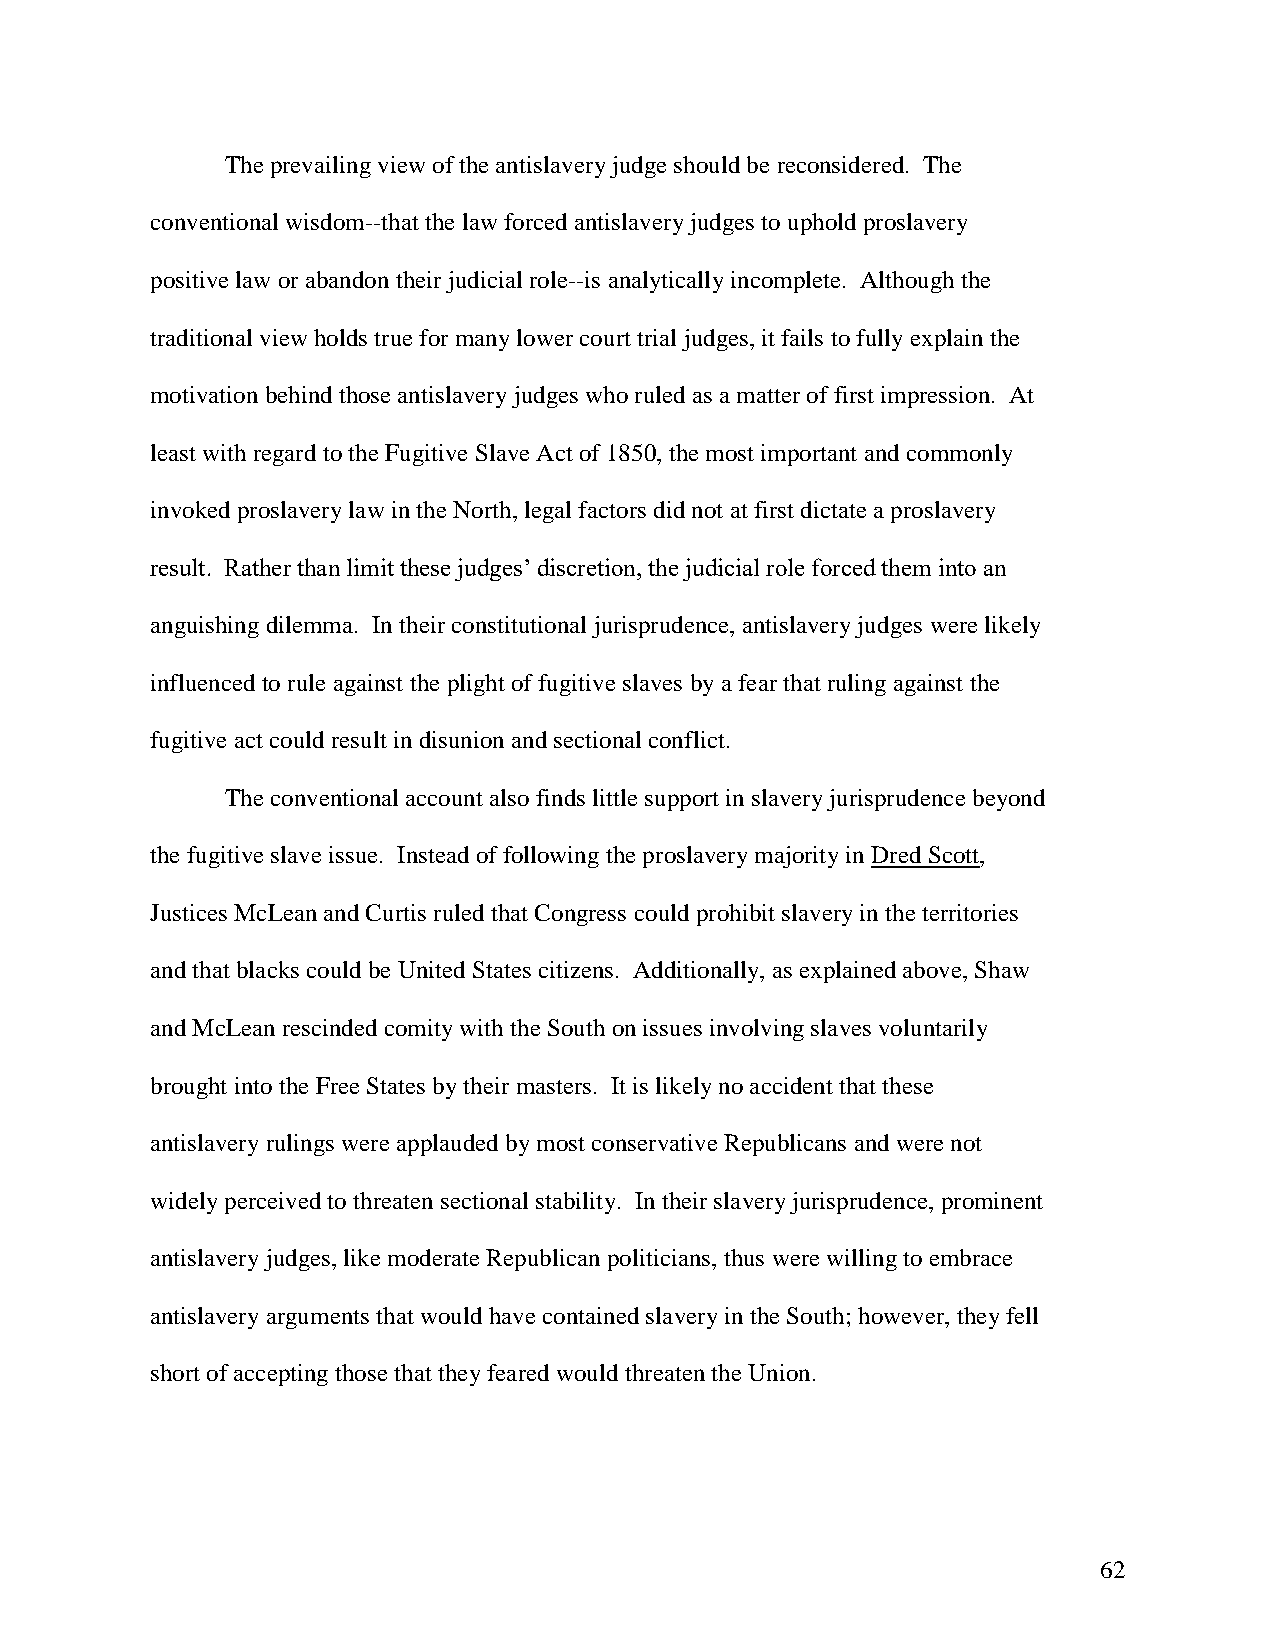
The prevailing view of the antislavery judge should be reconsidered. The
 conventional wisdom--that the law forced antislavery judges to uphold proslavery
 positive law or abandon their judicial role--is analytically incomplete. Although the
 traditional view holds true for many lower court trial judges, it fails to fully explain the
 motivation behind those antislavery judges who ruled as a matter of first impression. At
 least with regard to the Fugitive Slave Act of 1850, the most important and commonly
 invoked proslavery law in the North, legal factors did not at first dictate a proslavery
 result. Rather than limit these judges’ discretion, the judicial role forced them into an
 anguishing dilemma. In their constitutional jurisprudence, antislavery judges were likely
 influenced to rule against the plight of fugitive slaves by a fear that ruling against the
 fugitive act could result in disunion and sectional conflict.
 The conventional account also finds little support in slavery jurisprudence beyond
 the fugitive slave issue. Instead of following the proslavery majority in Dred Scott,
 Justices McLean and Curtis ruled that Congress could prohibit slavery in the territories
 and that blacks could be United States citizens. Additionally, as explained above, Shaw
 and McLean rescinded comity with the South on issues involving slaves voluntarily
 brought into the Free States by their masters. It is likely no accident that these
 antislavery rulings were applauded by most conservative Republicans and were not
 widely perceived to threaten sectional stability. In their slavery jurisprudence, prominent
 antislavery judges, like moderate Republican politicians, thus were willing to embrace
 antislavery arguments that would have contained slavery in the South; however, they fell
 short of accepting those that they feared would threaten the Union.
 62